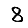
Digit: 8